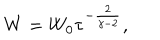
W = W _ { 0 } \tau ^ { - { \frac { 2 } { \gamma - 2 } } } ,